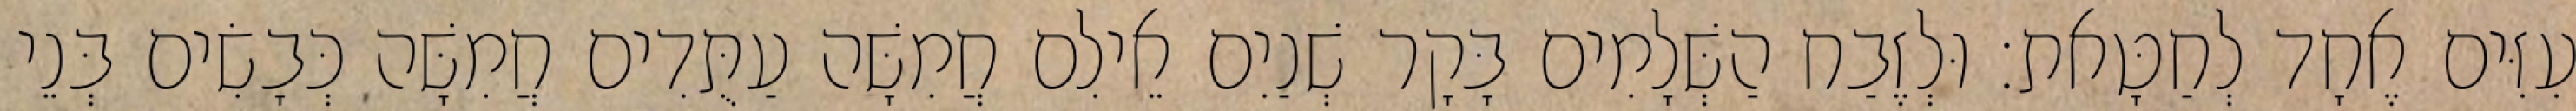
עִזִּים אֶחָד לְחַטָּאת׃ וּלְזֶבַח הַשְּׁלָמִים בָּקָר שְׁנַיִם אֵילִם חֲמִשָּׁה עַתֻּדִים חֲמִשָּׁה כְּבָשִׂים בְּנֵי